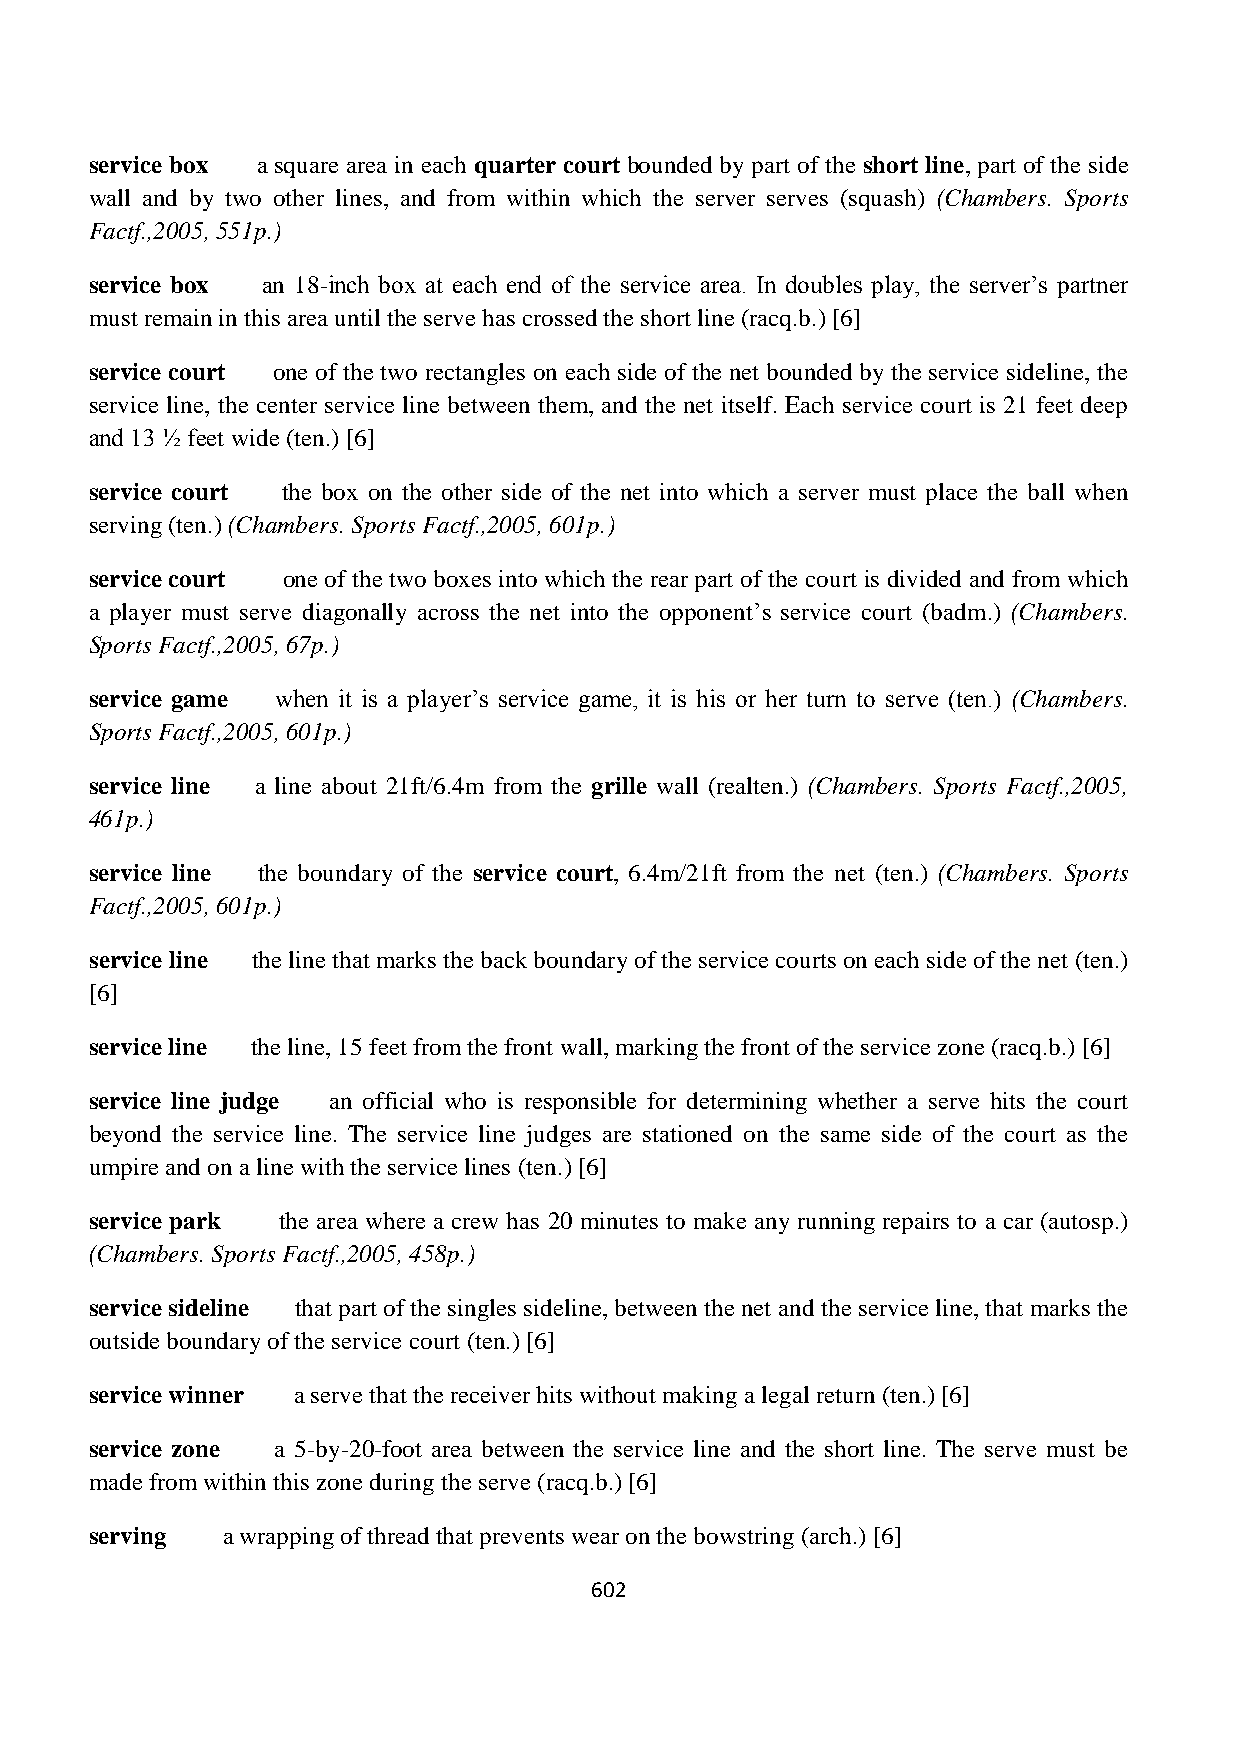
service box a square area in each quarter court bounded by part of the short line, part of the side
 wall and by two other lines, and from within which the server serves (squash) (Chambers. Sports
 Factf.,2005, 551p.)
 service box an 18-inch box at each end of the service area. In doubles play, the server‟s partner
 must remain in this area until the serve has crossed the short line (racq.b.) [6]
 service court one of the two rectangles on each side of the net bounded by the service sideline, the
 service line, the center service line between them, and the net itself. Each service court is 21 feet deep
 and 13 ½ feet wide (ten.) [6]
 service court the box on the other side of the net into which a server must place the ball when
 serving (ten.) (Chambers. Sports Factf.,2005, 601p.)
 service court one of the two boxes into which the rear part of the court is divided and from which
 a player must serve diagonally across the net into the opponent‟s service court (badm.) (Chambers.
 Sports Factf.,2005, 67p.)
 service game when it is a player‟s service game, it is his or her turn to serve (ten.) (Chambers.
 Sports Factf.,2005, 601p.)
 service line a line about 21ft/6.4m from the grille wall (realten.) (Chambers. Sports Factf.,2005,
 461p.)
 service line the boundary of the service court, 6.4m/21ft from the net (ten.) (Chambers. Sports
 Factf.,2005, 601p.)
 service line the line that marks the back boundary of the service courts on each side of the net (ten.)
 [6]
 service line the line, 15 feet from the front wall, marking the front of the service zone (racq.b.) [6]
 service line judge an official who is responsible for determining whether a serve hits the court
 beyond the service line. The service line judges are stationed on the same side of the court as the
 umpire and on a line with the service lines (ten.) [6]
 service park the area where a crew has 20 minutes to make any running repairs to a car (autosp.)
 (Chambers. Sports Factf.,2005, 458p.)
 service sideline that part of the singles sideline, between the net and the service line, that marks the
 outside boundary of the service court (ten.) [6]
 service winner a serve that the receiver hits without making a legal return (ten.) [6]
 service zone a 5-by-20-foot area between the service line and the short line. The serve must be
 made from within this zone during the serve (racq.b.) [6]
 serving  a wrapping of thread that prevents wear on the bowstring (arch.) [6]
 602